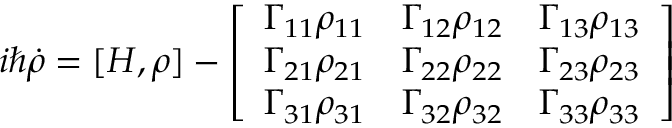
i \hbar \Dot { \rho } = [ H , \rho ] - \left[ \begin{array} { l l l } { \Gamma _ { 1 1 } \rho _ { 1 1 } } & { \Gamma _ { 1 2 } \rho _ { 1 2 } } & { \Gamma _ { 1 3 } \rho _ { 1 3 } } \\ { \Gamma _ { 2 1 } \rho _ { 2 1 } } & { \Gamma _ { 2 2 } \rho _ { 2 2 } } & { \Gamma _ { 2 3 } \rho _ { 2 3 } } \\ { \Gamma _ { 3 1 } \rho _ { 3 1 } } & { \Gamma _ { 3 2 } \rho _ { 3 2 } } & { \Gamma _ { 3 3 } \rho _ { 3 3 } } \end{array} \right]